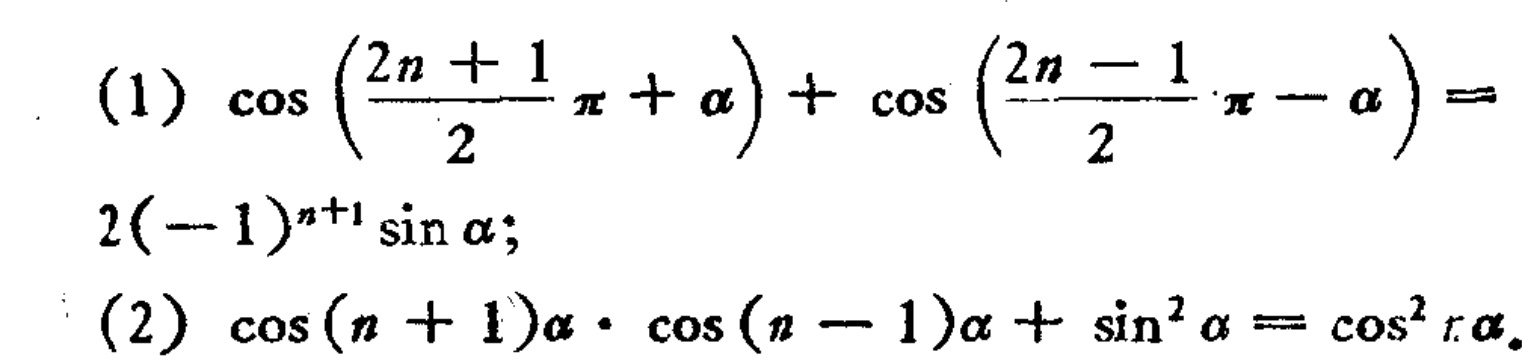
(1) \(\cos\left(\frac{2n + 1}{2}\pi+\alpha\right)+\cos\left(\frac{2n - 1}{2}\pi-\alpha\right)=2(-1)^{n + 1}\sin\alpha\);

(2) \(\cos(n + 1)\alpha\cdot\cos(n - 1)\alpha+\sin^{2}\alpha=\cos^{2}n\alpha\)